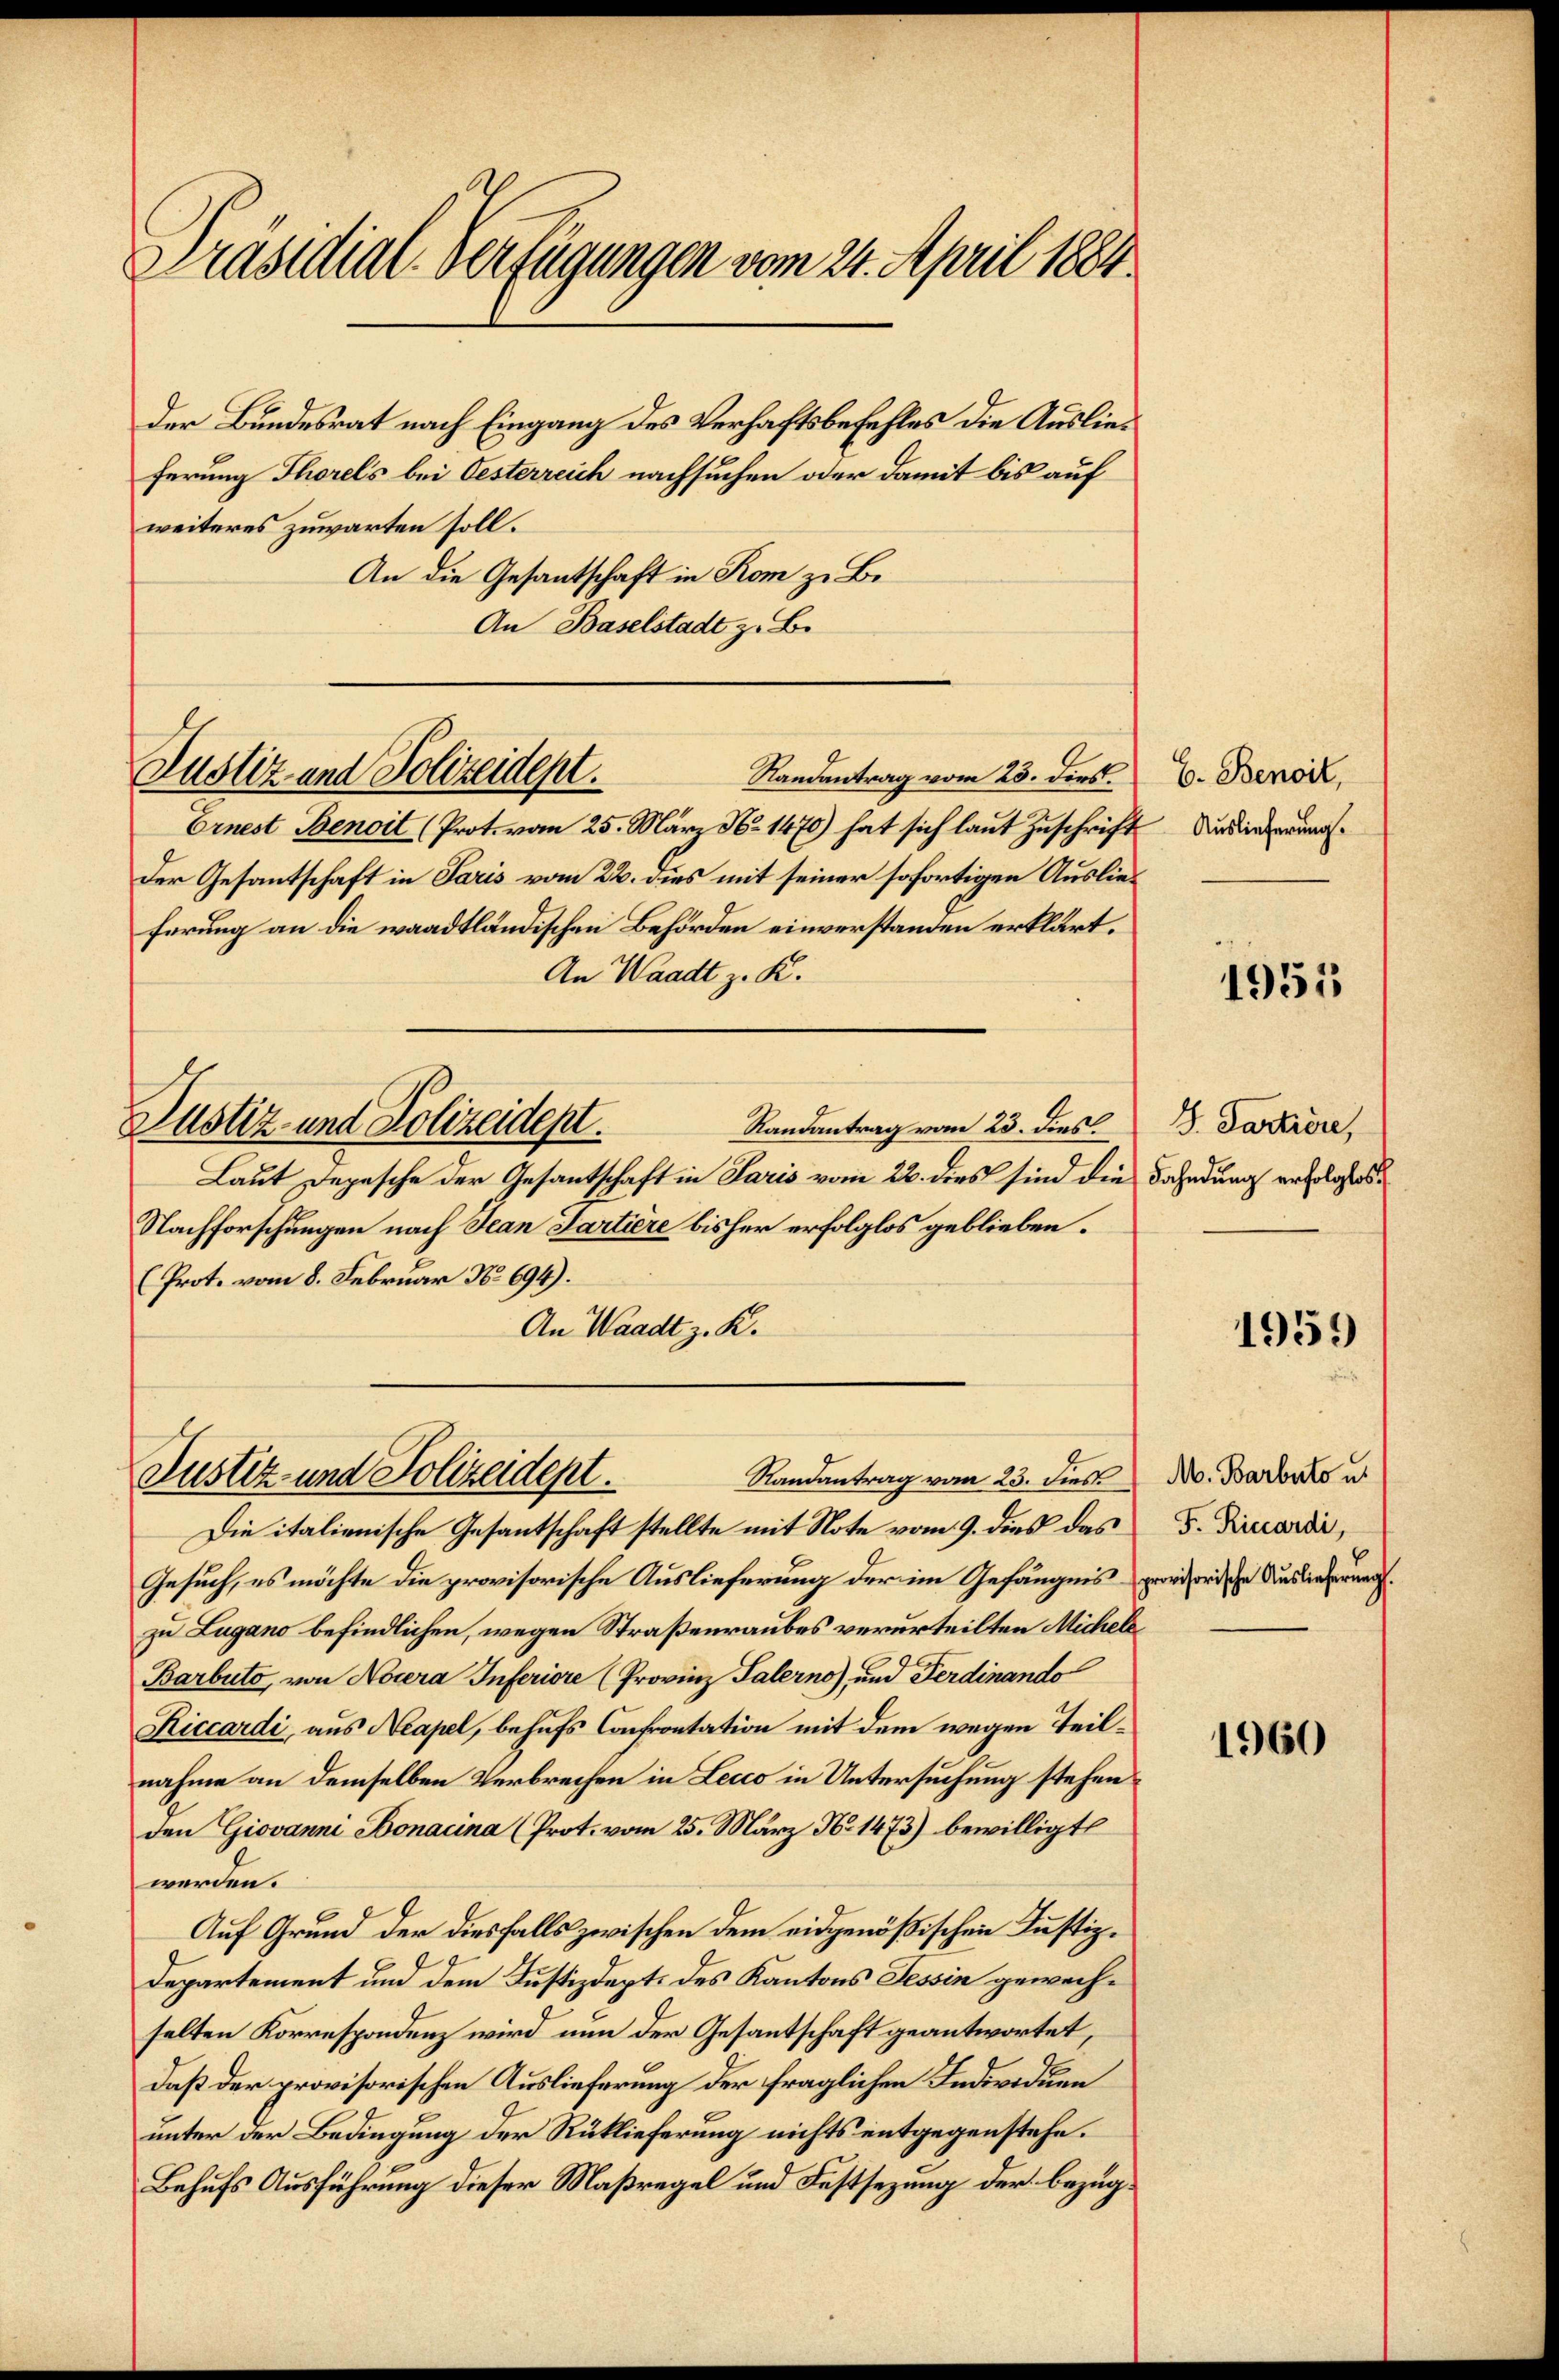
Präsidial-Verfügungen vom 24. April 1884

der Bundesrat nach Eingang des Verhaftsbefehles die Auslieferung Thorels bei Oesterreich nachsuchen oder damit bis auf
weiteres zuwarten soll.
An die Gesantschaft in Rom zu Be¬
An Baselstadt z. B.

Justiz- und Polizeidept.

Randantrag vom 23. dies
Justiz- und Polizeidept.

Randantrag vom 23. dies
Ernest Benoit (Prot. vom 25. März No. 1470) hat sich laut Zuschrift. Undieferung.
Der Gesantschaft in Paris vom 22. dies mit seiner sofortigen Auslieferung an die waadtländischen Behörden einverstanden erklärt.
An Waadt z. K.
Justiz- und Polizeidept.
Randantrag vom 23. dies.
Laut Depesche der Gesantschaft in Paris vom 22. dies sind die Fahndung erfolgtes
Nachforschungen nach Jean Partiere bisher erfolglos geblieben.
(Prot. vom 8. Februar No 694).
An Waadt z. R.

Die italienische Gesandtschaft stellte mit Note vom 9. dies das
Gesuch, es möchte die provisorische Auslieferung der im Gefängnis
zu Lugano befindlichen, wegen Straßenraubes verurteilten Michele
Barbuto, von Nocera Inferiore (Provinz Palerne), und Ferdinando
Riccardi, aus Neapel, behufs Confrontation mit dem wegen Teilnahme an demselben Verbrechen in Lecco in Untersuchung stehenden Giovanni Bonacina (Prot. vom 25. März No 1473) bewilligte
werden.
Auf Grund der diesfalls zwischen dem eidgenößischen Justiz¬
Departement und dem Justizdepts des Kantons Tessin gewechselten Korrespondenz wird nun der Gesantschaft geantwortet,
daß der provisorischen Auslieferung der fraglichen Individuen
unter der Bedingung der Rüklieferung nichts entgegenstehe.
Behufs Ausführung dieser Maßregel und Festsezung der bezug¬

C. Benoit,

1955

S. Partiere,

1951

M. Barbato u.
F. Riccardi,
provisorische Auslieferung.

1960